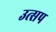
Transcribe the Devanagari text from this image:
उत्सप